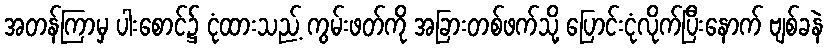
အတန်ကြာမှ ပါးစောင်၌ ငုံထားသည့် ကွမ်းဖတ်ကို အခြားတစ်ဖက်သို့ ပြောင်းငုံလိုက်ပြီးနောက် ဗျစ်ခနဲ